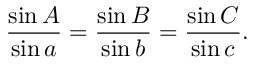
{ \frac { \sin A } { \sin a } } = { \frac { \sin B } { \sin b } } = { \frac { \sin C } { \sin c } } .